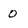
Character: 0